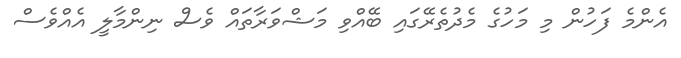
އެންމެ ފަހުން މި މަހުގެ މެދުތެރޭގައި ބޭއްވި މަޝްވަރާތައް ވެސް ނިންމާލީ އެއްވެސް